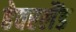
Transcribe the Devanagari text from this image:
हेवरलैंड